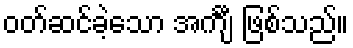
ဝတ်ဆင်ခဲ့သော အင်္ကျီ ဖြစ်သည်။